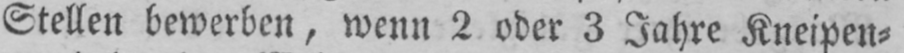
Stellen bewerben, wenn 2 oder 3 Jahre Kneipen⸗